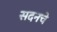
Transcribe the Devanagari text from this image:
सदनचे